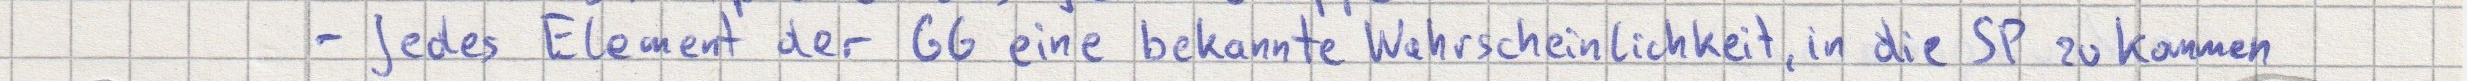
- Jedes Element der GG eine bekannte Wahrscheinlichkeit, in die SP zu kommen